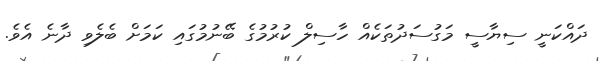
ދައްކަނީ ސިޔާސީ މަގުސަދުތަކެއް ހާސިލް ކުރުމުގެ ބޭނުމުގައި ކަމަށް ބެލެވި ދާނެ އެވެ.